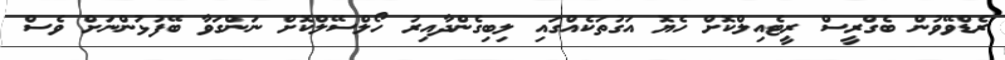
ރެޑްވޭވުން ބެގްރީސް ރީޓެއިލްކޮށް ހެޔޮ އަގުތަކެއްގައި ލިބިގެންދާއިރު ހޯލްސޭލްކޮށް ނަންގަވާ ބޭފުޅުންނަށް ވެސް